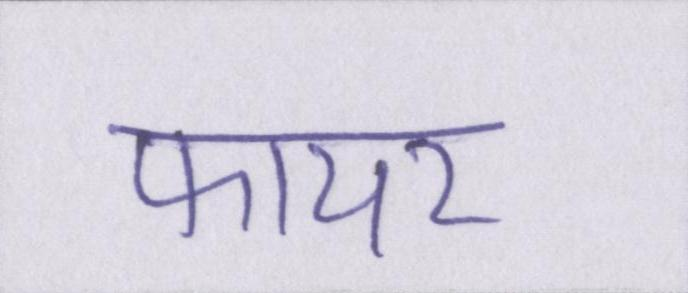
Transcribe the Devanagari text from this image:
फायर